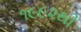
૧૯૯૨થી